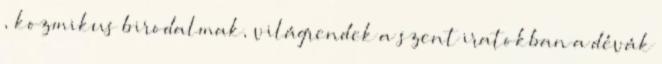
, kozmikus birodalmak, világrendek a szent iratokban a dévák